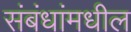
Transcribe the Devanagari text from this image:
संबंधांमधील